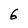
Character: 6